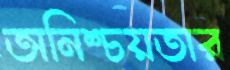
অনিশ্চয়তার